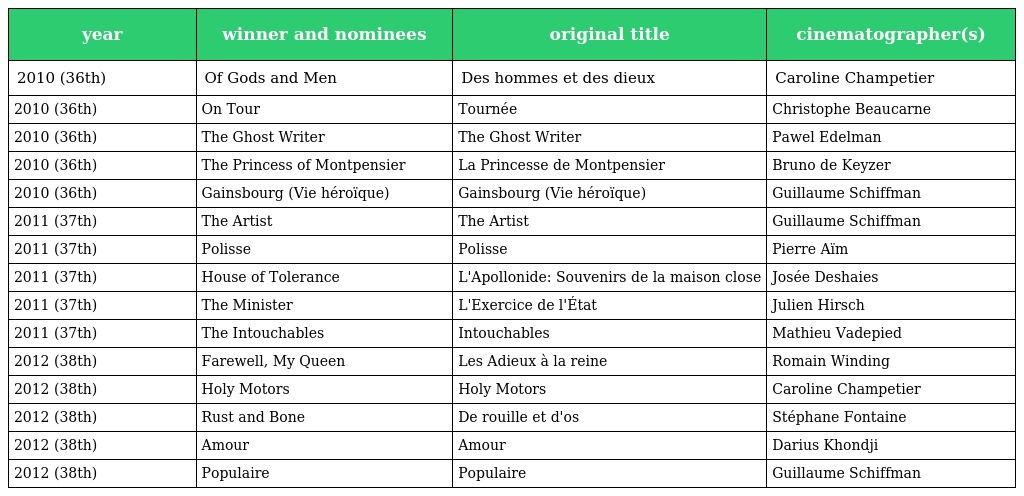
| year | winner and nominees | original title | cinematographer(s) |
 | --- | --- | --- | --- |
 | 2010 (36th) | Of Gods and Men | Des hommes et des dieux | Caroline Champetier |
 | 2010 (36th) | On Tour | Tournée | Christophe Beaucarne |
 | 2010 (36th) | The Ghost Writer | The Ghost Writer | Pawel Edelman |
 | 2010 (36th) | The Princess of Montpensier | La Princesse de Montpensier | Bruno de Keyzer |
 | 2010 (36th) | Gainsbourg (Vie héroïque) | Gainsbourg (Vie héroïque) | Guillaume Schiffman |
 | 2011 (37th) | The Artist | The Artist | Guillaume Schiffman |
 | 2011 (37th) | Polisse | Polisse | Pierre Aïm |
 | 2011 (37th) | House of Tolerance | L'Apollonide: Souvenirs de la maison close | Josée Deshaies |
 | 2011 (37th) | The Minister | L'Exercice de l'État | Julien Hirsch |
 | 2011 (37th) | The Intouchables | Intouchables | Mathieu Vadepied |
 | 2012 (38th) | Farewell, My Queen | Les Adieux à la reine | Romain Winding |
 | 2012 (38th) | Holy Motors | Holy Motors | Caroline Champetier |
 | 2012 (38th) | Rust and Bone | De rouille et d'os | Stéphane Fontaine |
 | 2012 (38th) | Amour | Amour | Darius Khondji |
 | 2012 (38th) | Populaire | Populaire | Guillaume Schiffman |